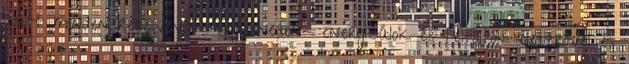
alatt minden részvevőt -ingyenesen- energizálok és feltőltök életerővel és